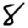
Digit: 8